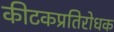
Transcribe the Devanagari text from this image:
कीटकप्रतिरोधक